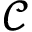
\mathcal { C }